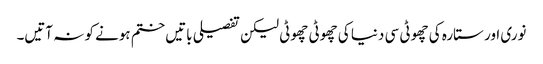
نوری اور ستارہ کی چھوٹی سی دنیا کی چھوٹی چھوٹی لیکن تفصیلی باتیں ختم ہونے کو نہ آتیں۔